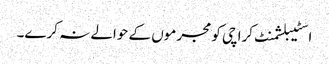
اسٹیبلشمنٹ کراچی کو مجرموں کے حوالے نہ کرے۔